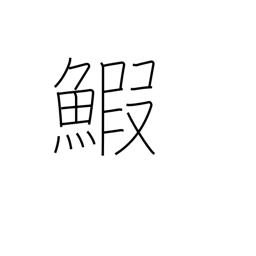
Meaning: lobster